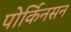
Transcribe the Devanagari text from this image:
पोर्किनसन